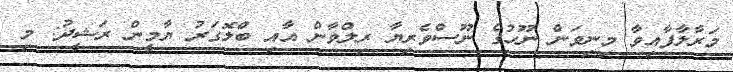
މަރާލާފާއިވާ މިނިވަން ނޫހުގެ ނޫސްވެރިޔާ ރިލްވާން އާއި ބްލޮގަރު ޔާމީން ރަޝީދު: މި